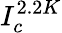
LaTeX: I_{c}^{2.2K}